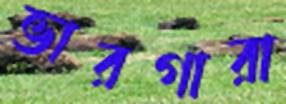
ভারগারা